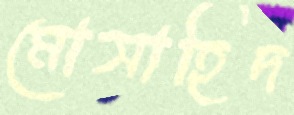
মোসাহিদ